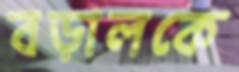
বড়ালকে